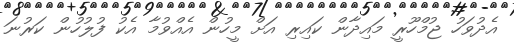
އެދުވަހު ޖުމްހޫރީ މައިދާން ކައިރި އަށް މީހުން އެއްވުމާ އެކު ފުލުހުން ކަރުނަ